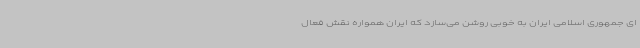
ای جمهوری اسلامی ایران به خوبی روشن می‌سازد که ایران همواره نقش فعال